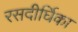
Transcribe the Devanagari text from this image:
रसदीर्घिका